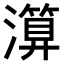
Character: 𤀤